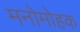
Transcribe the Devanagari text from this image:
मनोमोहक